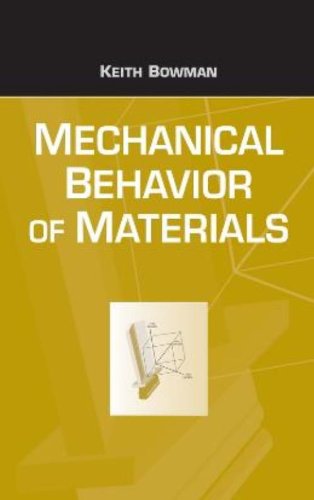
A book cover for Introduction to Mechanical Behavior of Materials; Keith Bowman; Science & Math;